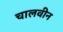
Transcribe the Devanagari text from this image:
चालवीन